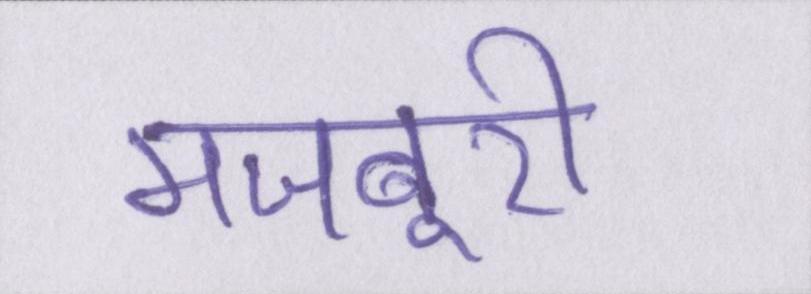
मजबूरी